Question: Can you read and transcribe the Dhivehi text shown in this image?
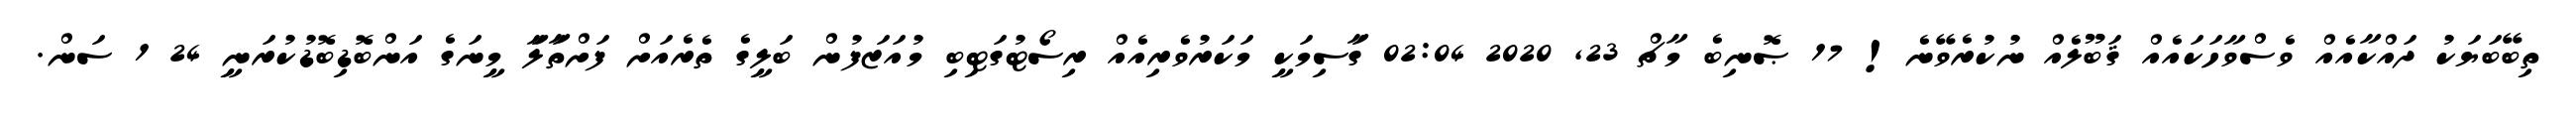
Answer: ތިބޭބަޔަކު ދައްކާއެއް ވެސްވާހަކައެއް ޤަބޫލެއް ނުކުރެވޭނެ! 17 ޞޮނިބެ މާޗް 23, 2020 02:04 ގަާސިމަކިީ މަކަރުވެރިއެއް ރިސޯޓުގަޓިބި މުއަޒަފުން ބަލިީގެ ތެރެއަށް ފަށްތަާލަާ މިީނަގެ އަންބޮޑިބޮޑުކުރަނިީ 24 1 ސަން.